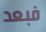
فبعد